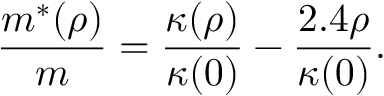
\frac { m ^ { * } ( \rho ) } { m } = \frac { \kappa ( \rho ) } { \kappa ( 0 ) } - \frac { 2 . 4 \rho } { \kappa ( 0 ) } .